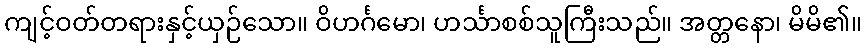
ကျင့်ဝတ်တရားနှင့်ယှဉ်သော။ ဝိဟင်္ဂမော၊ ဟင်္သာစစ်သူကြီးသည်။ အတ္တနော၊ မိမိ၏။